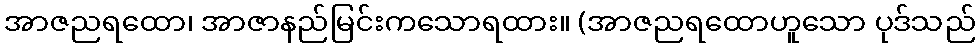
အာဇညရထော၊ အာဇာနည်မြင်းကသောရထား။ (အာဇညရထောဟူသော ပုဒ်သည်